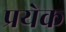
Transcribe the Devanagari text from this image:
प्रयेक